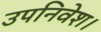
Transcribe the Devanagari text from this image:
उपनिवेश।